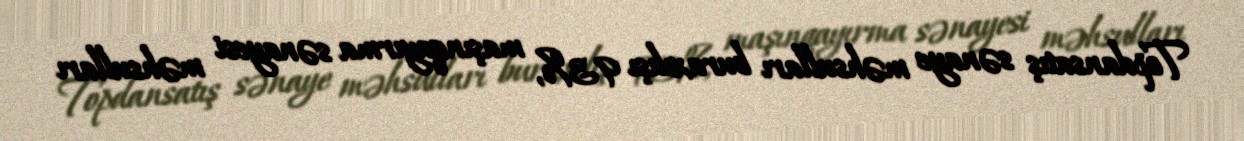
Topdansatış sənaye məhsulları buraxılışı 93%, maşınqayırma sənayesi məhsulları